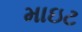
માઇટ